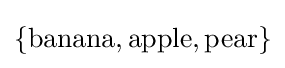
\{{\text{banana}},{\text{apple}},{\text{pear}}\}